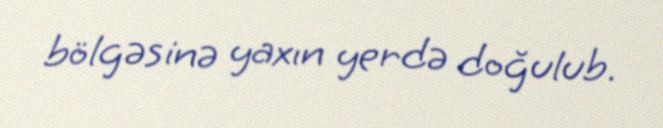
bölgəsinə yaxın yerdə doğulub.